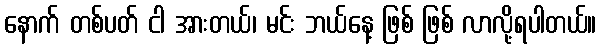
နောက် တစ်ပတ် ငါ အားတယ်၊ မင်း ဘယ်နေ့ ဖြစ် ဖြစ် လာလို့ရပါတယ်။